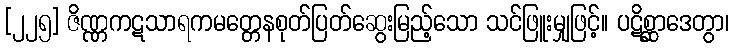
[၂၂၅] ဇိဏ္ဏကဋသာရကမတ္တေနစုတ်ပြတ်ဆွေးမြည့်သော သင်ဖြူးမျှဖြင့်။ ပဋိစ္ဆာဒေတွာ၊